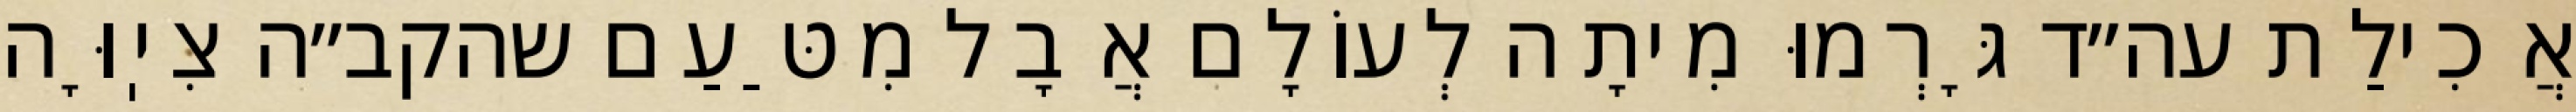
אֲכִילַת עה״ד גָּרְמוּ מִיתָה לְעוֹלָם אֲבָל מִטַּעַם שהקב״ה צִיֽוָּה